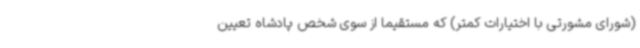
(شورای مشورتی با اختیارات کمتر) که مستقیما از سوی شخص پادشاه تعیین